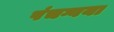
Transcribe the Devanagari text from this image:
पंचग्वया